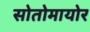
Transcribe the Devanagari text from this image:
सोतोमायोर